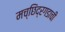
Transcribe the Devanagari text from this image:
मच्छिंद्रगडाची